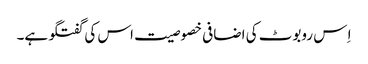
اِ س روبوٹ کی اضافی خصوصیت اس کی گفتگو ہے۔